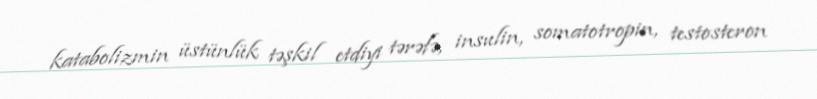
katabolizmin üstünlük təşkil etdiyi tərəfə, insulin, somatotropin, testosteron